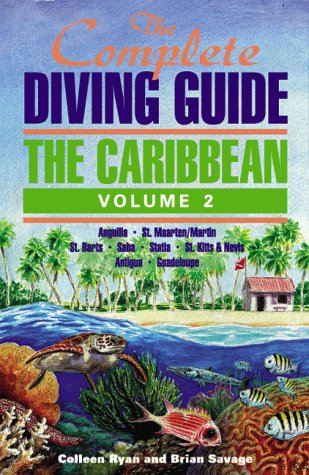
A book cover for The Complete Diving Guide: The Caribbean (Vol. 2) Anguilla, St Maarten/Martin, St. Barts, Saba, Statia, St Kitts & Nevis, Antigua, Guadeloupe; Brian Savage; Travel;